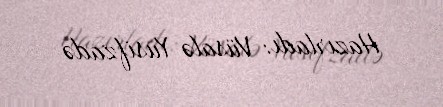
Hazırladı: Vüsalə Yusifzadə